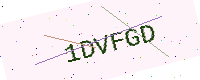
Text: 1DVFGD